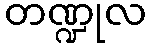
တဏ္ဍုလ